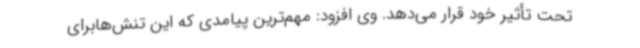
تحت تأثیر خود قرار می‌دهد. وی افزود: مهم‌ترین پیامدی که این تنش‌هابرای